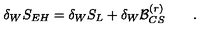
\delta _ { W } S _ { E H } = \delta _ { W } S _ { L } + \delta _ { W } { \cal B } _ { C S } ^ { ( r ) } \qquad .